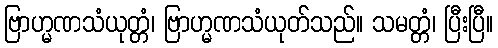
ဗြာဟ္မဏသံယုတ္တံ၊ ဗြာဟ္မဏသံယုတ်သည်။ သမတ္တံ၊ ပြီးပြီ။